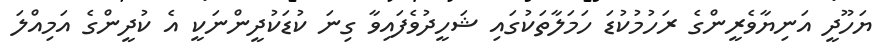
ޔަހޫދީ އަނިޔާވެރީންގެ ރަހުމުކުޑަ ހަމަލާތަކުގައި ޝަހީދުވެފައިވާ ގިނަ ކުޑަކުދީންނަކީ އެ ކުދީންގެ އަމިއްލަ